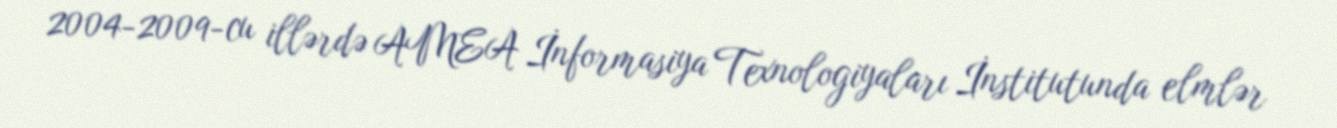
2004-2009-cu illərdə AMEA İnformasiya Texnologiyaları İnstitutunda elmlər